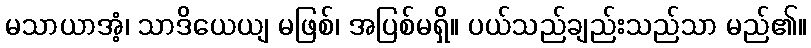
မသာယာအံ့၊ သာဒိယေယျ မဖြစ်၊ အပြစ်မရှိ။ ပယ်သည်ချည်းသည်သာ မည်၏။